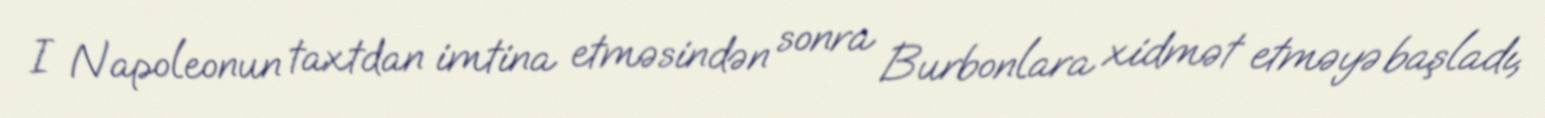
I Napoleonun taxtdan imtina etməsindən sonra Burbonlara xidmət etməyə başladı,